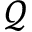
\mathcal { Q }